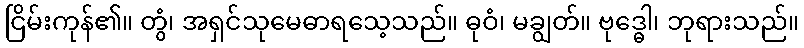
ငြိမ်းကုန်၏။ တွံ၊ အရှင်သုမေဓာရသေ့သည်။ ဓုဝံ၊ မချွတ်။ ဗုဒ္ဓေါ၊ ဘုရားသည်။